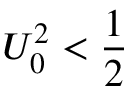
U _ { 0 } ^ { 2 } < \frac { 1 } { 2 }